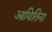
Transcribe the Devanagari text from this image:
आथितिना